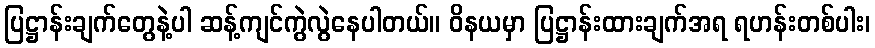
ပြဋ္ဌာန်းချက်တွေနဲ့ပါ ဆန့်ကျင်ကွဲလွဲနေပါတယ်။ ဝိနယမှာ ပြဋ္ဌာန်းထားချက်အရ ရဟန်းတစ်ပါး၊